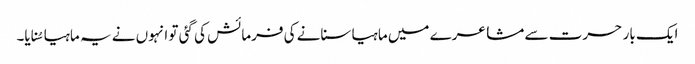
ایک بار حسرت سے مشاعرے میں ماہیا سنانے کی فرمائش کی گئی تو انہوں نے یہ ماہیا سُنایا۔